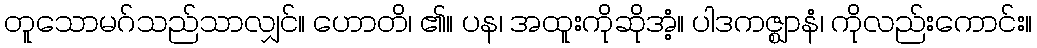
တူသောမဂ်သည်သာလျှင်။ ဟောတိ၊ ၏။ ပန၊ အထူးကိုဆိုအံ့။ ပါဒကဇ္ဈာနံ၊ ကိုလည်းကောင်း။